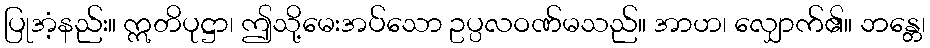
ပြုအံ့နည်း။ ဣတိပုဋ္ဌာ၊ ဤသို့မေးအပ်သော ဥပ္ပလဝဏ်မသည်။ အာဟ၊ လျှောက်၏။ ဘန္တေ၊